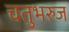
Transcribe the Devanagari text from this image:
चतुभरुज